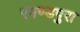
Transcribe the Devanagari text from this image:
रमण्डपुरा